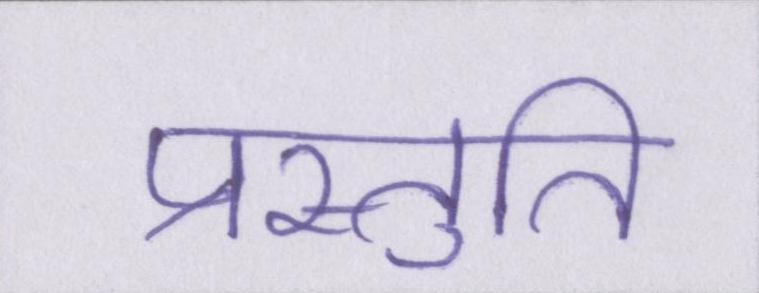
प्रस्तुति